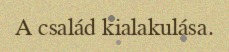
A család kialakulása.